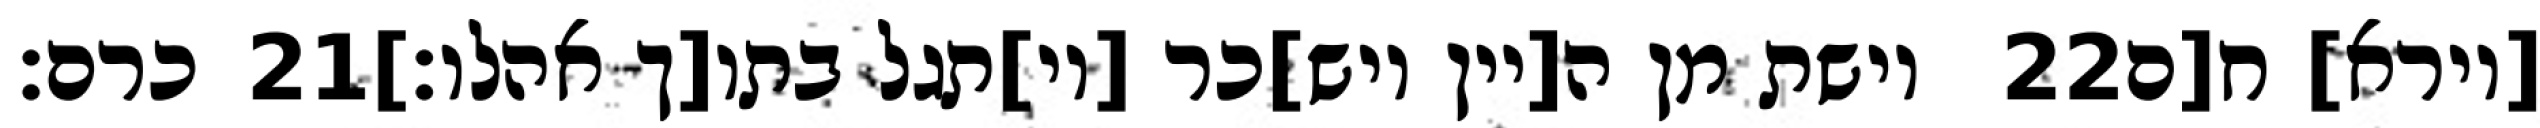
כרם׃ ‎21‏ וישת מן ה[יין ויש]כר [וי]תגל בתו[ך אהלו׃] ‎22‏ [וירא] ח[ם